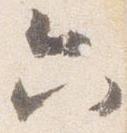
六